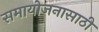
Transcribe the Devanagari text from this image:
समायोजनासाठी